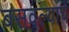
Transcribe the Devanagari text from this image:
बसवल्याचे